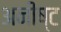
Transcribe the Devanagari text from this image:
अनीष्ट